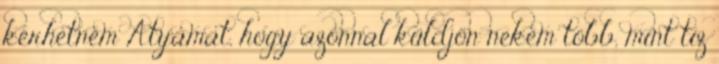
kérhetném Atyámat, hogy azonnal küldjön nekem több, mint tíz